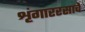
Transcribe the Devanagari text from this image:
शृंगाररसाचे